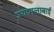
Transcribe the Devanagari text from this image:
श्यामलाबाई